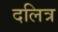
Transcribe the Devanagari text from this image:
दलित्र